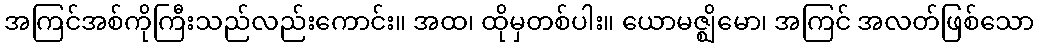
အကြင်အစ်ကိုကြီးသည်လည်းကောင်း။ အထ၊ ထိုမှတစ်ပါး။ ယောမဇ္ဈိမော၊ အကြင် အလတ်ဖြစ်သော